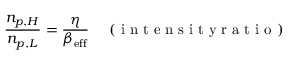
\frac { n _ { p , H } } { n _ { p , L } } = \frac { \eta } { \beta _ { \mathrm { e f f } } } \quad \mathrm { ~ ( ~ i ~ n ~ t ~ e ~ n ~ s ~ i ~ t ~ y ~ r ~ a ~ t ~ i ~ o ~ ) ~ }